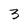
Character: 3